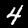
Digit: 4